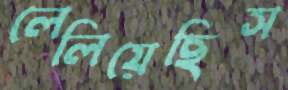
লেলিয়েছিস